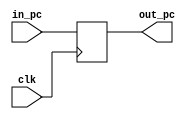
module PC(
    input [63:0] in_pc,
    input clk,
    output reg [63:0] out_pc=0
    
    );

 always @(posedge clk)
        out_pc<=in_pc;
endmodule